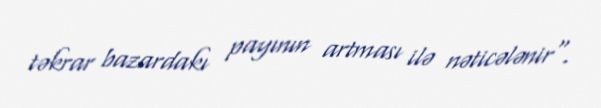
təkrar bazardakı payının artması ilə nəticələnir".